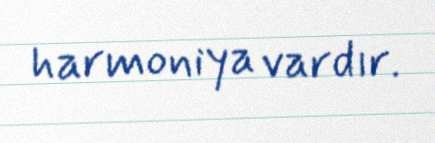
harmoniya vardır.